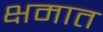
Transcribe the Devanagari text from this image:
क्षमात